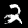
Digit: 2